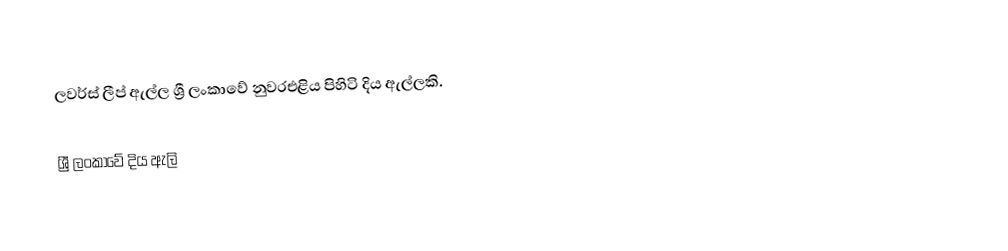
ලවර්ස් ලීප් ඇල්ල ශ්‍රී ලංකාවේ නුවරඑළිය පිහිටි දිය ඇල්ලකි.

ශ්‍රී ලංකාවේ දිය ඇලි